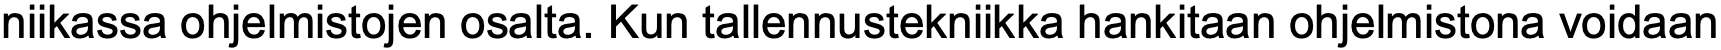
niikassa ohjelmistojen osalta. Kun tallennustekniikka hankitaan ohjelmistona voidaan